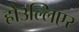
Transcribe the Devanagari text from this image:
होउल्लिएर